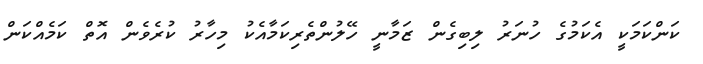
ކަންކަމަކީ އެކަމުގެ ހުނަރު ލިބިގެން ޒަމާނީ ހޭލުންތެރިކަމާއެކު މިހާރު ކުރެވެން އޮތް ކަމެއްކަން